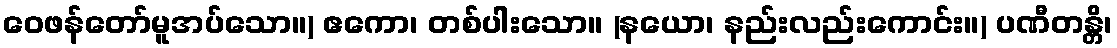
ဝေဖန်တော်မူအပ်သော။) ဧကော၊ တစ်ပါးသော။ (နယော၊ နည်းလည်းကောင်း။) ပဏီတန္တိ၊